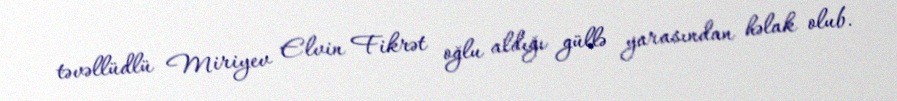
təvəllüdlü Miriyev Elvin Fikrət oğlu aldığı güllə yarasından həlak olub.